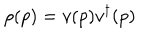
\rho ( p ) = v ( p ) v ^ { \dagger } ( p )